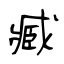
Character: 臧